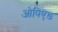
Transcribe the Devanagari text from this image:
ओपिएड